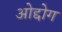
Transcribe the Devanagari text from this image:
ओद्दोग